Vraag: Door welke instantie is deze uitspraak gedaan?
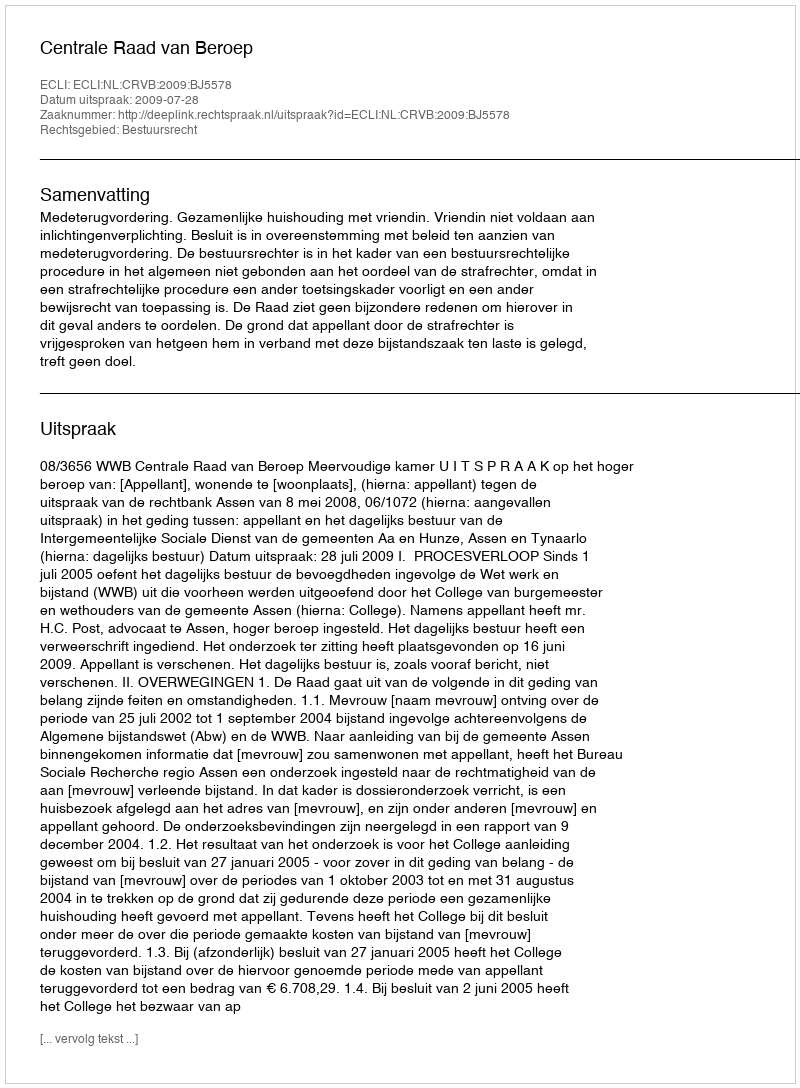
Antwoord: Centrale Raad van Beroep